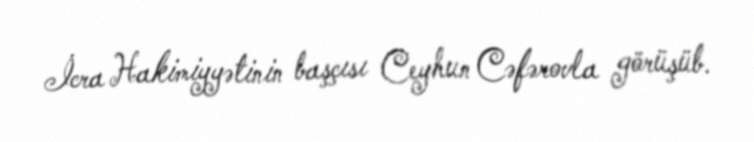
İcra Hakimiyyətinin başçısı Ceyhun Cəfərovla görüşüb.